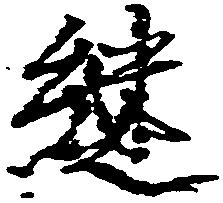
継